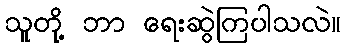
သူတို့ ဘာ ရေးဆွဲကြပါသလဲ။